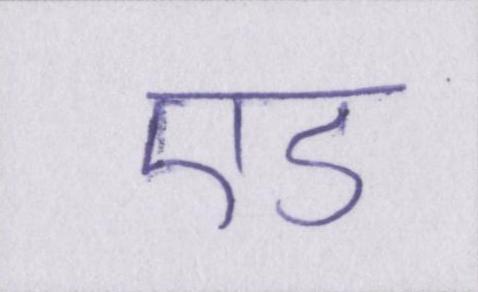
एड